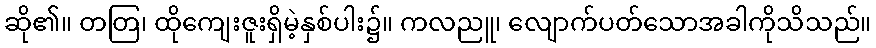
ဆို၏။ တတြ၊ ထိုကျေးဇူးရှိမဲ့နှစ်ပါး၌။ ကလညူ၊ လျောက်ပတ်သောအခါကိုသိသည်။